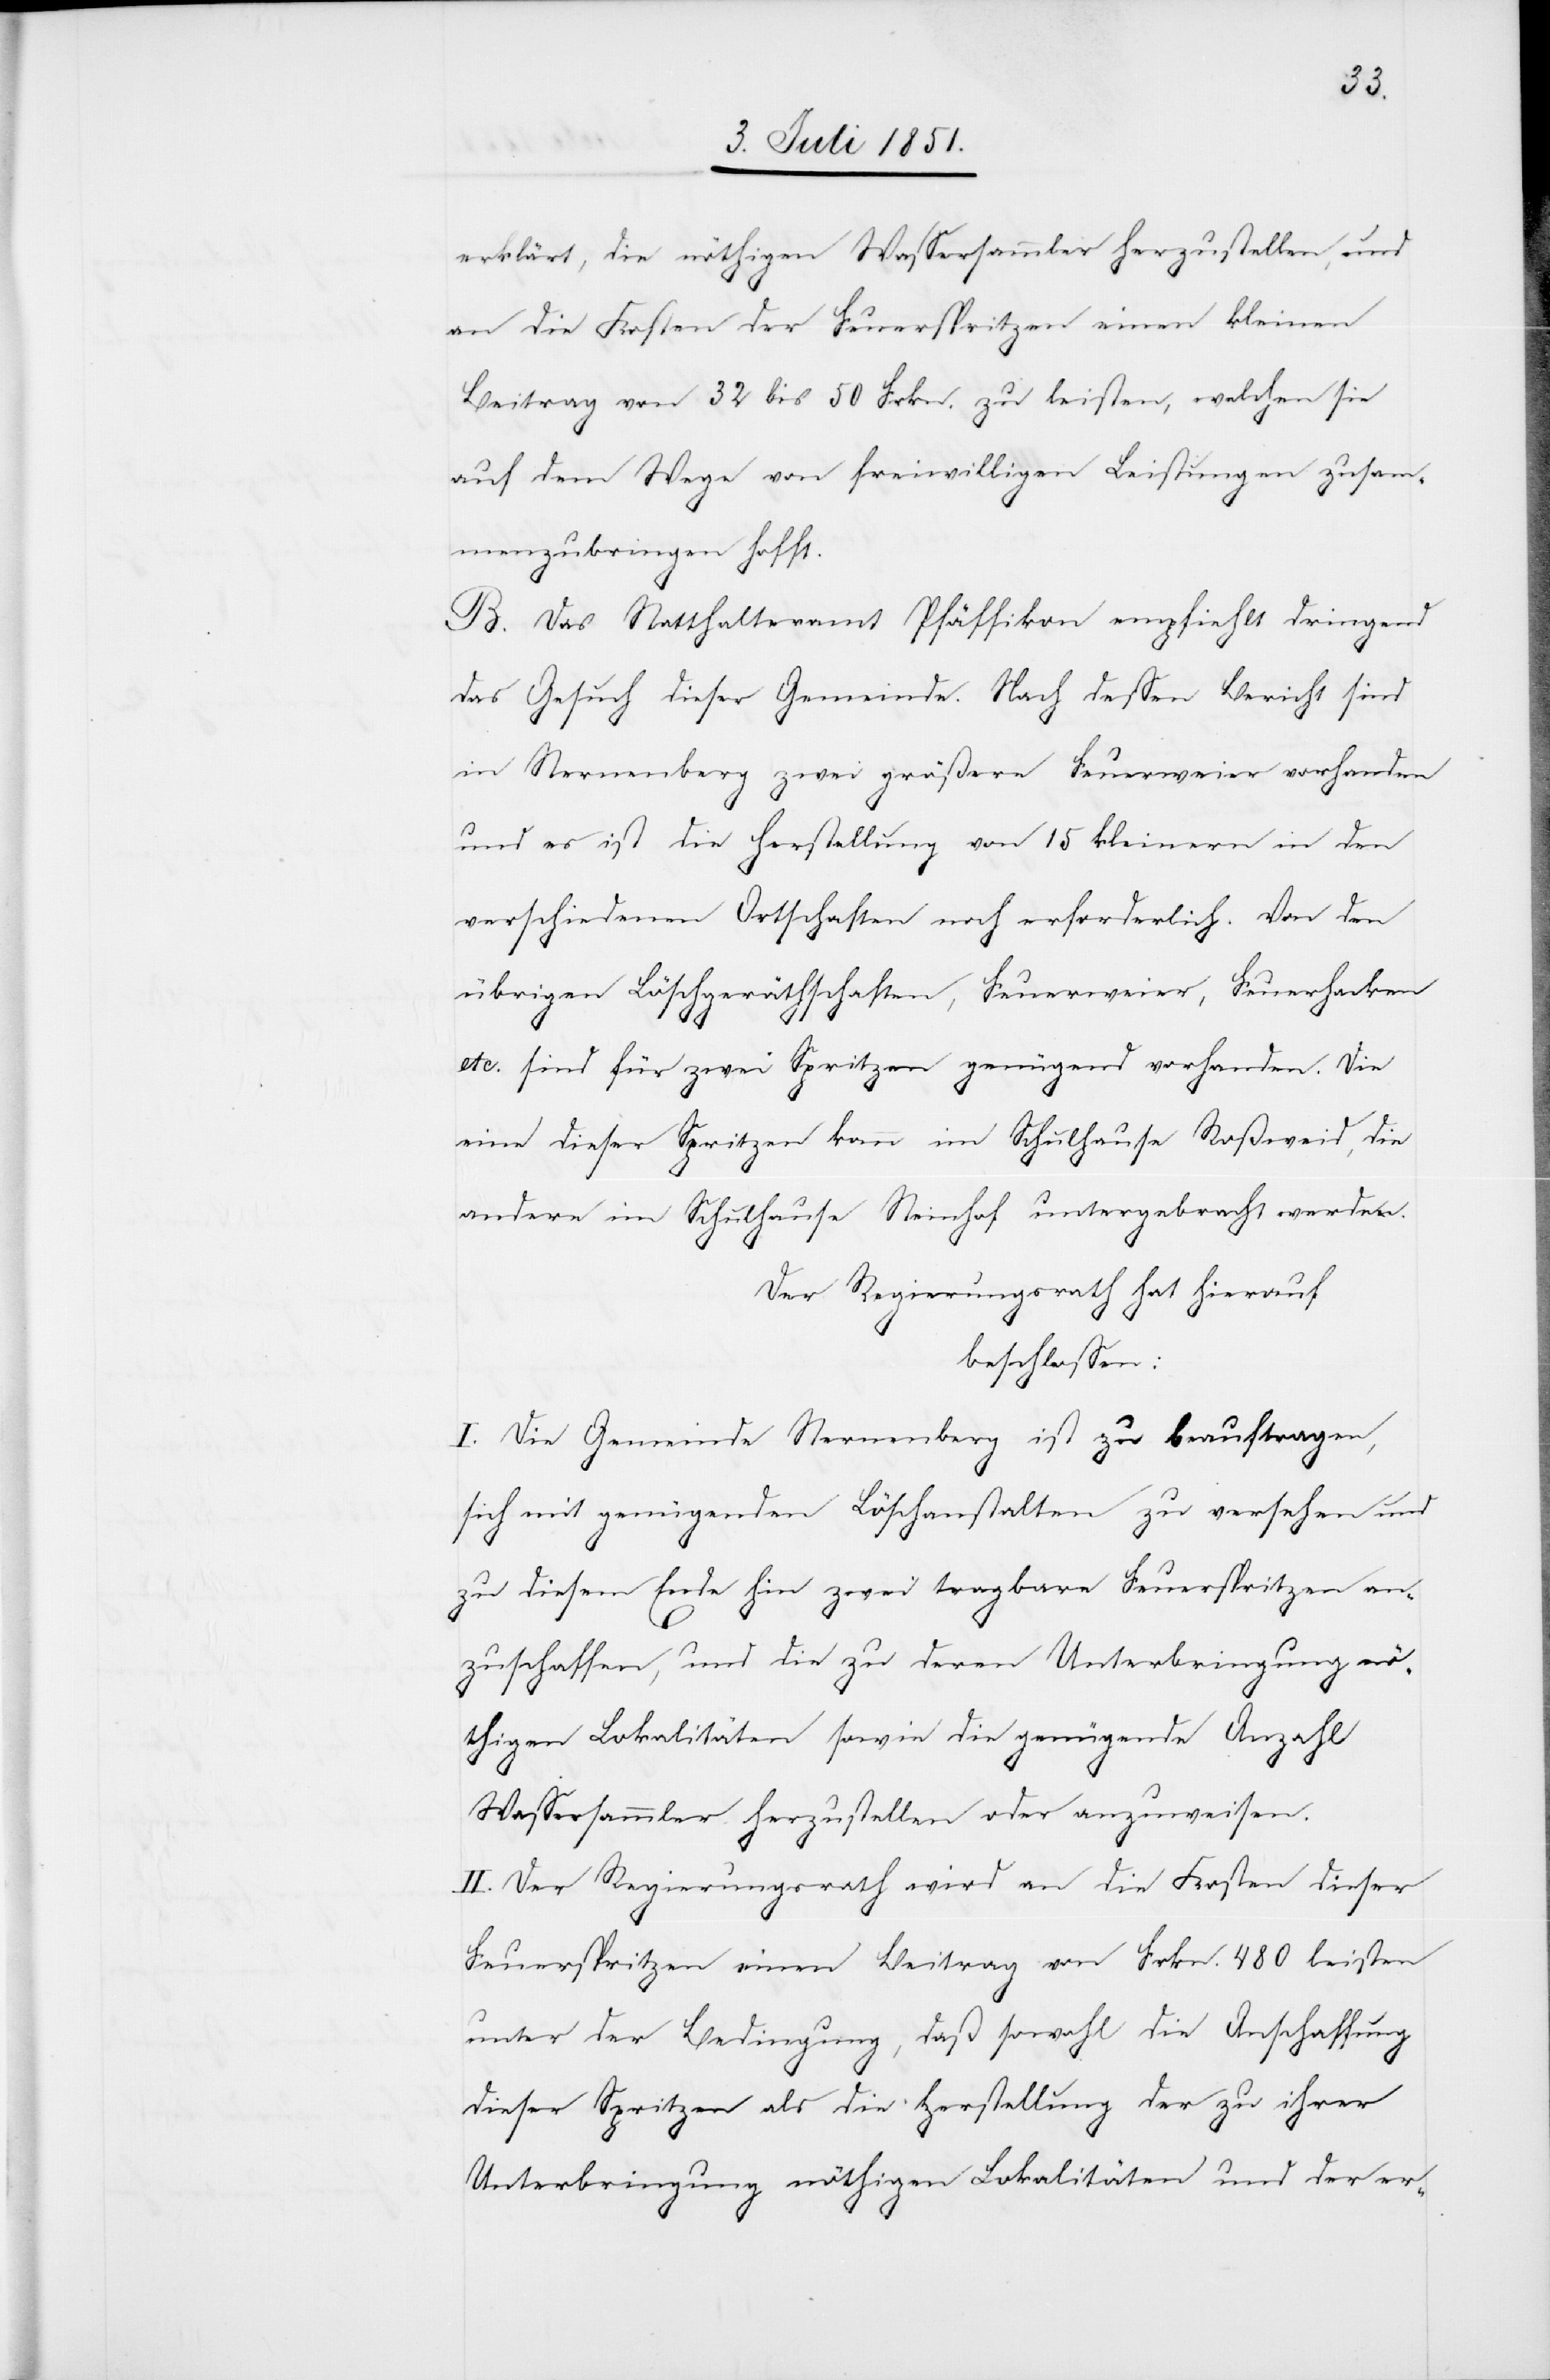
erklärt, die nöthigen Wassersammler herzustellen, und
an die Kosten der Feuerspritzen einen kleinen
Beitrag von 32 bis 50 Frkn. zu leisten, welchen sie
auf dem Wege von freiwilligen Leistungen zusam¬
menzubringen hofft.
B. Das Statthalteramt Pfäffikon empfiehlt dringend
das Gesuch dieser Gemeinde. Nach dessen Bericht sind
in Sternenberg zwei größere Feuerweier vorhanden
und es ist die Herstellung von 15 kleinern in den
verschiedenen Ortschaften noch erforderlich. Von den
übrigen Löschgeräthschaften, Feuerweier, Feuerhacken
etc. sind für zwei Spritzen genügend vorhanden. Die
eine dieser Spritzen kann im Schulhause Roßweid, die
andere im Schulhause Steinhof untergebracht werden.
Der Regierungsrath hat hierauf
beschlossen:
I. Die Gemeinde Sternenberg ist zu beauftragen,
sich mit genügenden Löschanstalten zu versehen und
zu diesem Ende hin zwei tragbare Feuerspritzen an¬
zuschaffen, und die zu deren Unterbringung n¬
öthigen Lokalitäten sowie die genügende Anzahl
Wassersammler herzustellen oder anzuweisen.
II. Der Regierungsrath wird an die Kosten dieser
Feuerspritzen einen Beitrag von Frkn. 480 leisten
unter der Bedingung, daß sowohl die Anschaffung
dieser Spritzen als die Herstellung der zu ihrer
Unterbringung nöthigen Lokalitäten und der er-